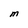
Character: m